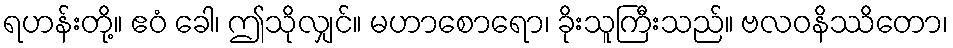
ရဟန်းတို့။ ဧဝံ ခေါ၊ ဤသိုလျှင်။ မဟာစောရော၊ ခိုးသူကြီးသည်။ ဗလဝနိဿိတော၊